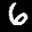
Label: 6